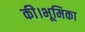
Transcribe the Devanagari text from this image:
की।भूमिका